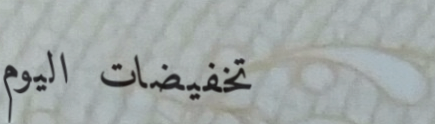
تخفيضات اليوم